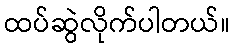
ထပ်ဆွဲလိုက်ပါတယ်။